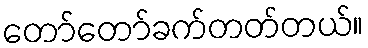
တော်တော်ခက်တတ်တယ်။